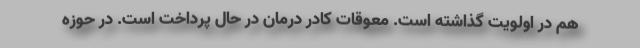
هم در اولویت گذاشته است. معوقات کادر درمان در حال پرداخت است. در حوزه